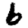
Digit: 6